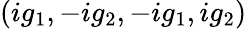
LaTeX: (ig_{1},-ig_{2},-ig_{1},ig_{2})